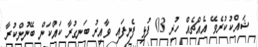
ޝައްކުކުރެވޭ އެއްޗެއް ހުރި 03 ފުޅި ފެނިފައި ވާއިރު ބަނގުރާ ކައްކަން ބޭނުންކުރާ